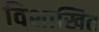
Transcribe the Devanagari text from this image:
विशाखित